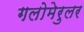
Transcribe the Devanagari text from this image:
गलोमेरुलर